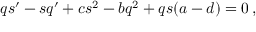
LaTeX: q s ^ { \prime } - s q ^ { \prime } + c s ^ { 2 } - b q ^ { 2 } + q s ( a - d ) = 0 \, ,